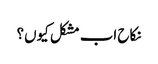
نکاح اب مشکل کیوں؟